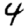
Digit: 4